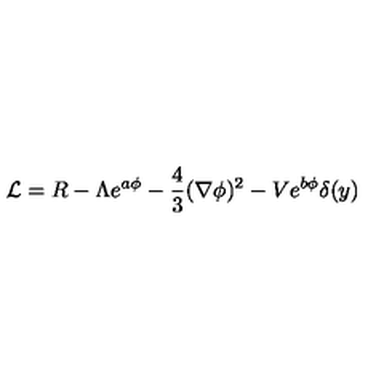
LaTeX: { \cal L } = R - \Lambda e ^ { a \phi } - \frac { 4 } { 3 } ( \nabla \phi ) ^ { 2 } - V e ^ { b \phi } \delta ( y )